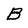
Character: B